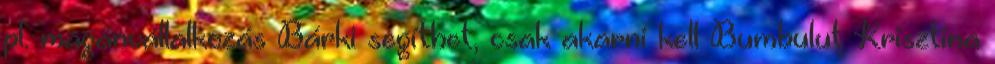
pl. magánvállalkozás Bárki segíthet, csak akarni kell Bumbuluţ Krisztina